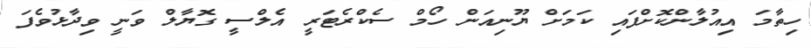
ހިތާމަ އިއުލާންކޮށްފައި ކަމަށް ޔޫނިއަން ހޯމް ސެކްރެޓަރީ އެލްސީ ގޮޔާލް ވަނީ ވިދާޅުވެފަ